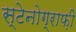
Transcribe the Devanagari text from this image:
स्टेनोग्राफ़ी